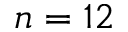
n = 1 2